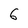
Character: 6